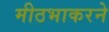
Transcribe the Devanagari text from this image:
मीठभाकरने